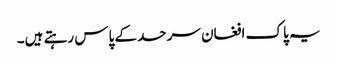
یہ پاک افغان سرحد کے پاس رہتے ہیں۔